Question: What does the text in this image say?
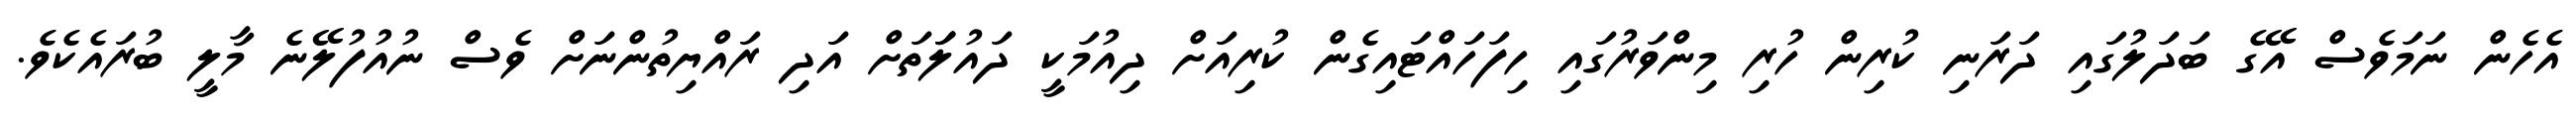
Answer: އެހެން ނަމަވެސް އޭގެ ބަދަލުގައި ދަރަނި ކުރިން ހުރި މިންވަރުގައި ހިފަހައްޓައިގެން ކުރިއަށް ދިއުމަކީ ދައުލަަަތަށް އަދި ރައްޔިތުންނަށް ވެސް ނުއުފުލޭނެ މާލީ ބުރައެކެވެ.